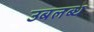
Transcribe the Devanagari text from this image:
उबलब्ध